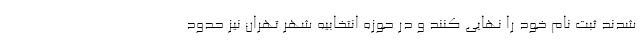
شدند ثبت نام خود را نهایی کنند و در حوزه انتخابیه شهر تهران نیز حدود